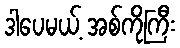
ဒါပေမယ့် အစ်ကိုကြီး